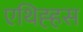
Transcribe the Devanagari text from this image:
एथिह्हस